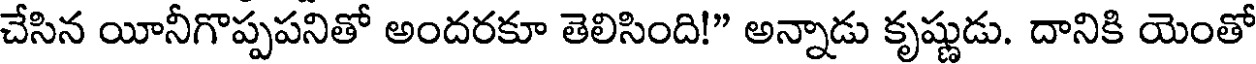
చేసిన యీనీగొప్పపనితో అందరకూ తెలిసింది!" అన్నాడు కృష్ణుడు. దానికి యెంతో